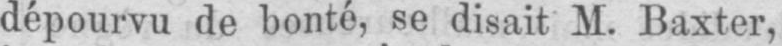
dépourvu de bonté, se disait M. Baxter,